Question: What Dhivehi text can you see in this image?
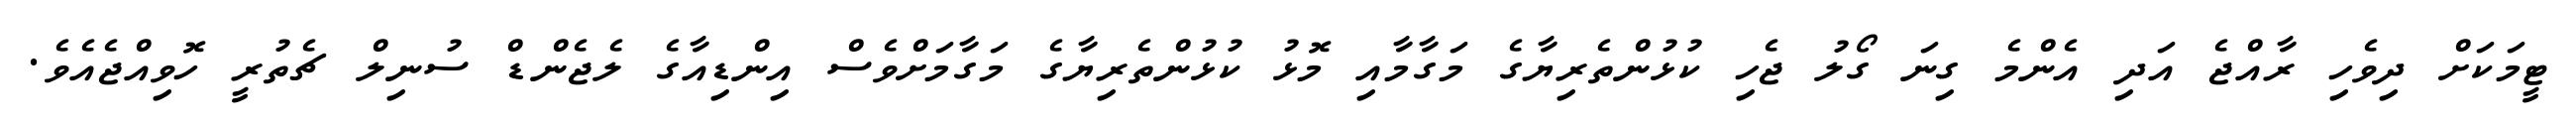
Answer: ޓީމަކަށް ދިވެހި ރާއްޖެ އަދި އެންމެ ގިނަ ގޯލު ޖެހި ކުޅުންތެރިޔާގެ މަގާމާއި މޮޅު ކުޅުންތެރިޔާގެ މަގާމަށްވެސް އިންޑިއާގެ ލެޖެންޑް ސުނިލް ޗެތުރީ ހޮވިއްޖެއެވެ.